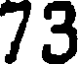
73